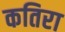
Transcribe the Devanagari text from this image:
कतिरा